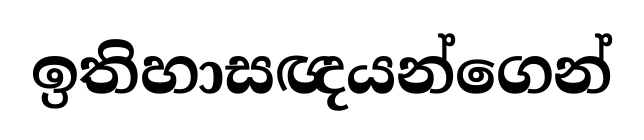
ඉතිහාසඥයන්ගෙන්